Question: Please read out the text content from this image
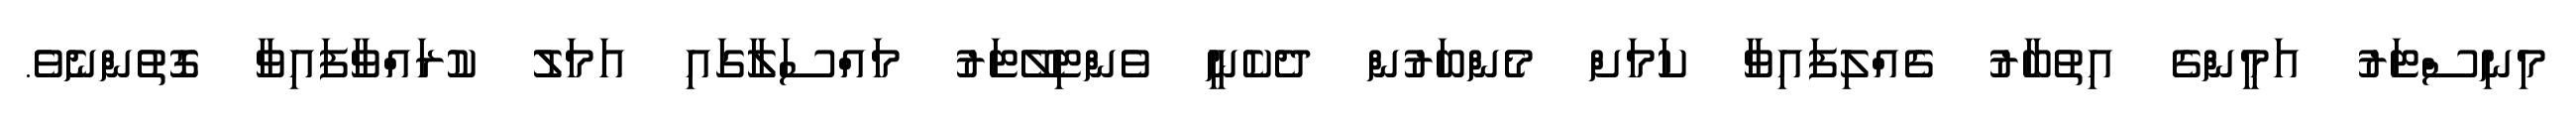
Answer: މިނިސްޓަރު އަމީންގެ އިތުބާރު ގެއްލިފައިވާ ކަމަށް މެންބަރުން ދެކެނީ ވެންޓިލޭޓަރު މައްސަލާގައި އަމަލު ކުރައްވާފައިވާ ގޮތުންނެވެ.